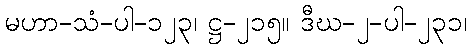
မဟာ-သံ-ပါ-၁၂၃၊ ဋ္ဌ-၂၁၅။ ဒီဃ-၂-ပါ-၂၃၁၊